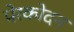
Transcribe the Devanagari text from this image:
पेरकोदन